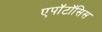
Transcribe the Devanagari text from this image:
एपॉटॉसिस